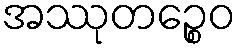
အဿုတဉ္စေဝ